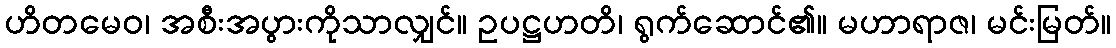
ဟိတမေဝ၊ အစီးအပွားကိုသာလျှင်။ ဥပဋ္ဌဟတိ၊ ရွက်ဆောင်၏။ မဟာရာဇ၊ မင်းမြတ်။